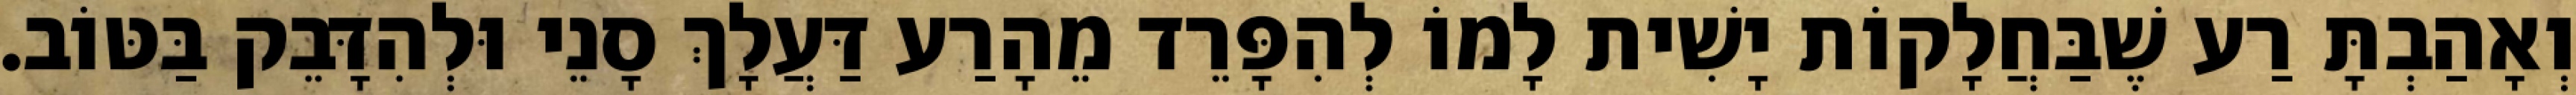
וְאָהַבְתָּ רַע שֶׁבַּחֲלָקוֹת יָשִׁית לָמוֹ לְהִפָּרֵד מֵהָרַע דַּעֲלָךְ סָנֵי וּלְהִדָּבֵק בַּטּוֹב.